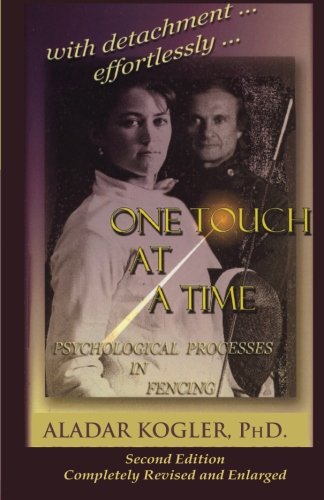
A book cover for One Touch At A Time: Psychological Aspects Of Fencing; Aladar Kogler; Sports & Outdoors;